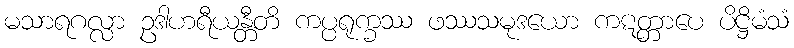
မသာရဂလ္လာ ဥဒါဟရီယန္တီတိ ကပ္ပရုက္ခဿ ဖဿသမုဒယော ကဋတ္တာပေ ပိဋ္ဌိမံသံ